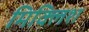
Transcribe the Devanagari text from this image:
मिक्लिश